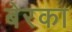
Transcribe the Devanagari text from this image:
बेरका